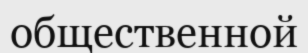
общественной